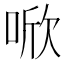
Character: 𪡗